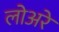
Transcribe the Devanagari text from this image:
लोअरे